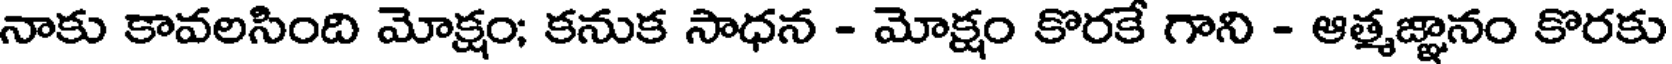
నాకు కావలసింది మోక్షం; కనుక సాధన - మోక్షం కొరకే గాని - ఆత్మజ్ఞానం కొరకు